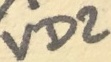
Text: VD2